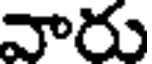
వారు